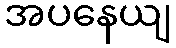
အပနေယျ